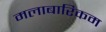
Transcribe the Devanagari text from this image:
मलाबारिकम